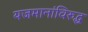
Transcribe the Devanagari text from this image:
यजमानांविरुद्ध